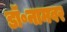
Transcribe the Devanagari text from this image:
डॉ॰नामवर